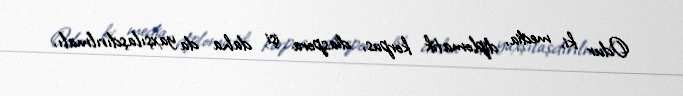
Odur ki, media, diplomatik korpus, diaspora işi daha da yaxşılaşdırılmalı,